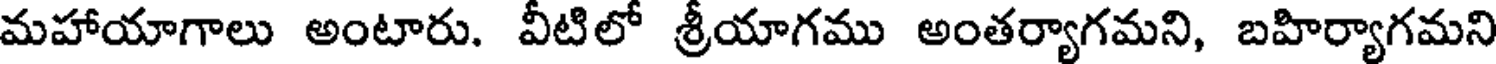
మహాయాగాలు అంటారు. వీటిలో శ్రీయాగము అంతర్యాగమని, బహిర్యాగమని